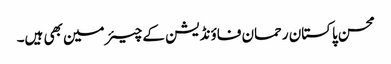
محسن پاکستان رحمان فاؤنڈیشن کے چیئرمین بھی ہیں۔